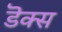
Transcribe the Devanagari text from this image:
डॆक्स